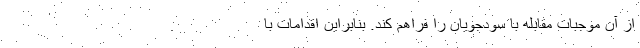
از آن موجبات مقابله با سودجویان را فراهم کند. بنابراین اقدامات با